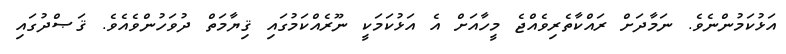
އަޅުކަމުންނެވެ. ނަމާދަށް ރައްކާތެރިވެއްޖެ މީހާއަށް އެ އަޅުކަމަކީ ނޫރެއްކަމުގައި ޤިޔާމަތް ދުވަހުންވެއެވެ. ޤަޞްދުގައި